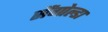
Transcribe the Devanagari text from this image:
सैंगोल्डा